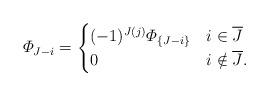
LaTeX: \begin{align*}\varPhi_{J-i} = \begin{cases} (-1)^{J(j)} \varPhi_{\{J - i\}} & i \in \overline{J} \\ 0 & i \notin \overline{J}.\end{cases}\end{align*}